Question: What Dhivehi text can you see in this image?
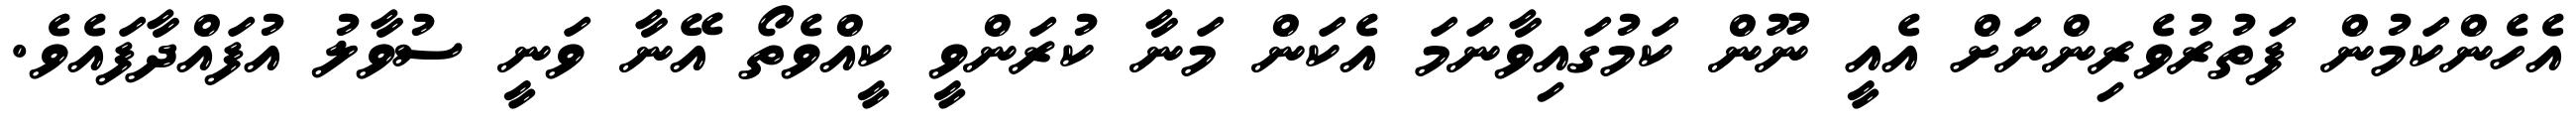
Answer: އެހެންކަމުން ފަތުރުވެރިންނަށް އެއީ ނޫން ކަމުގައިވާނަމަ އެކަން މަނާ ކުރަންވީ ކީއްވެތޯ އޭނާ ވަނީ ސުވާލު އުފައްދާފައެވެ.